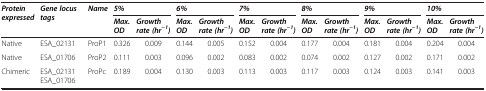
<table><thead><tr><td rowspan="2"><b><i>Protein expressed</i></b></td><td rowspan="2"><b><i>Gene locus tags</i></b></td><td><b><i>Name</i></b></td><td colspan="2"><b><i>5%</i></b></td><td colspan="2"><b><i>6%</i></b></td><td colspan="2"><b><i>7%</i></b></td><td colspan="2"><b><i>8%</i></b></td><td colspan="2"><b><i>9%</i></b></td><td colspan="2"><b><i>10%</i></b></td></tr><tr><td>[EMPTY_CELL]</td><td><b><i>Max. OD</i></b></td><td><b><i>Growth rate (hr</i><sup><i>−1</i></sup><i>)</i></b></td><td><b><i>Max. OD</i></b></td><td><b><i>Growth rate (hr</i><sup><i>−1</i></sup><i>)</i></b></td><td><b><i>Max. OD</i></b></td><td><b><i>Growth rate (hr</i><sup><i>−1</i></sup><i>)</i></b></td><td><b><i>Max. OD</i></b></td><td><b><i>Growth rate (hr</i><sup><i>−1</i></sup><i>)</i></b></td><td><b><i>Max. OD</i></b></td><td><b><i>Growth rate (hr</i><sup><i>−1</i></sup><i>)</i></b></td><td><b><i>Max. OD</i></b></td><td><b><i>Growth rate (hr</i><sup><i>−1</i></sup><i>)</i></b></td></tr></thead><tbody><tr><td>Native</td><td>ESA_02131</td><td>ProP1</td><td>0.326</td><td>0.009</td><td>0.144</td><td>0.005</td><td>0.152</td><td>0.004</td><td>0.177</td><td>0.004</td><td>0.181</td><td>0.004</td><td>0.204</td><td>0.004</td></tr><tr><td>Native</td><td>ESA_01706</td><td>ProP2</td><td>0.111</td><td>0.003</td><td>0.096</td><td>0.002</td><td>0.083</td><td>0.002</td><td>0.074</td><td>0.002</td><td>0.127</td><td>0.002</td><td>0.171</td><td>0.002</td></tr><tr><td>Chimeric</td><td>ESA_02131 ESA_01706</td><td>ProPc</td><td>0.189</td><td>0.004</td><td>0.130</td><td>0.003</td><td>0.113</td><td>0.003</td><td>0.117</td><td>0.003</td><td>0.124</td><td>0.003</td><td>0.141</td><td>0.003</td></tr></tbody></table>